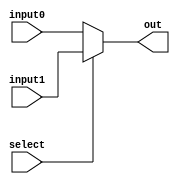
module MUX (
    input [31:0] input0,
    input [31:0] input1,
    input select,
    output [31:0] out
);

assign out = select ? input1 : input0;

endmodule